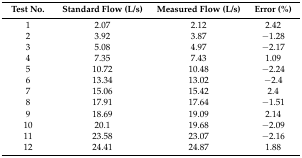
<table><thead><tr><td><b>Test No.</b></td><td><b>Standard Flow (L/s)</b></td><td><b>Measured Flow (L/s)</b></td><td><b>Error (%)</b></td></tr></thead><tbody><tr><td>1</td><td>2.07</td><td>2.12</td><td>2.42</td></tr><tr><td>2</td><td>3.92</td><td>3.87</td><td>−1.28</td></tr><tr><td>3</td><td>5.08</td><td>4.97</td><td>−2.17</td></tr><tr><td>4</td><td>7.35</td><td>7.43</td><td>1.09</td></tr><tr><td>5</td><td>10.72</td><td>10.48</td><td>−2.24</td></tr><tr><td>6</td><td>13.34</td><td>13.02</td><td>−2.4</td></tr><tr><td>7</td><td>15.06</td><td>15.42</td><td>2.4</td></tr><tr><td>8</td><td>17.91</td><td>17.64</td><td>−1.51</td></tr><tr><td>9</td><td>18.69</td><td>19.09</td><td>2.14</td></tr><tr><td>10</td><td>20.1</td><td>19.68</td><td>−2.09</td></tr><tr><td>11</td><td>23.58</td><td>23.07</td><td>−2.16</td></tr><tr><td>12</td><td>24.41</td><td>24.87</td><td>1.88</td></tr></tbody></table>